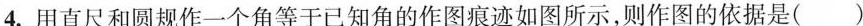
4.用直尺和圆规作一个角等于已知角的作图痕迹如图所示，则作图的依据是( )